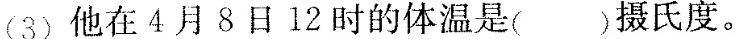
(3)他在4月8日12时的体温是（）摄氏度。